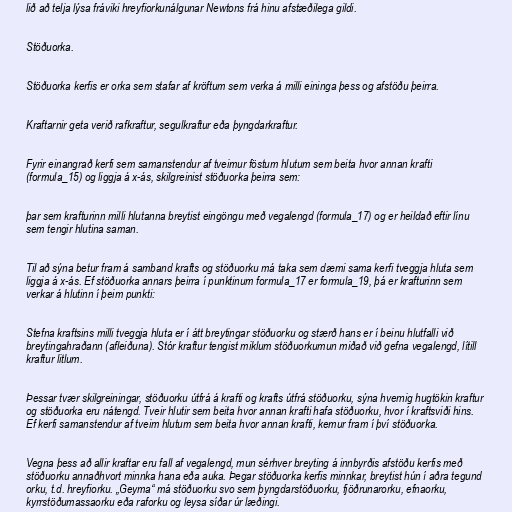
lið að telja lýsa fráviki hreyfiorkunálgunar Newtons frá hinu afstæðilega gildi.

Stöðuorka.

Stöðuorka kerfis er orka sem stafar af kröftum sem verka á milli eininga þess og afstöðu þeirra.

Kraftarnir geta verið rafkraftur, segulkraftur eða þyngdarkraftur.

Fyrir einangrað kerfi sem samanstendur af tveimur föstum hlutum sem beita hvor annan krafti
(formula_15) og liggja á x-ás, skilgreinist stöðuorka þeirra sem:

þar sem krafturinn milli hlutanna breytist eingöngu með vegalengd (formula_17) og er heildað eftir línu
sem tengir hlutina saman.

Til að sýna betur fram á samband krafts og stöðuorku má taka sem dæmi sama kerfi tveggja hluta sem
liggja á x-ás. Ef stöðuorka annars þeirra í punktinum formula_17 er formula_19, þá er krafturinn sem
verkar á hlutinn í þeim punkti:

Stefna kraftsins milli tveggja hluta er í átt breytingar stöðuorku og stærð hans er í beinu hlutfalli við
breytingahraðann (afleiðuna). Stór kraftur tengist miklum stöðuorkumun miðað við gefna vegalengd, lítill
kraftur litlum.

Þessar tvær skilgreiningar, stöðuorku útfrá á krafti og krafts útfrá stöðuorku, sýna hvernig hugtökin kraftur
og stöðuorka eru nátengd. Tveir hlutir sem beita hvor annan krafti hafa stöðuorku, hvor í kraftsviði hins.
Ef kerfi samanstendur af tveim hlutum sem beita hvor annan krafti, kemur fram í því stöðuorka.

Vegna þess að allir kraftar eru fall af vegalengd, mun sérhver breyting á innbyrðis afstöðu kerfis með
stöðuorku annaðhvort minnka hana eða auka. Þegar stöðuorka kerfis minnkar, breytist hún í aðra tegund
orku, t.d. hreyfiorku. „Geyma“ má stöðuorku svo sem þyngdarstöðuorku, fjöðrunarorku, efnaorku,
kyrrstöðumassaorku eða raforku og leysa síðar úr læðingi.